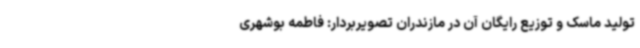
تولید ماسک و توزیع رایگان آن در مازندران تصویربردار: فاطمه بوشهری